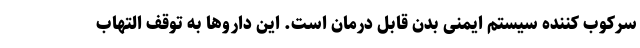
سرکوب کننده سیستم ایمنی بدن قابل درمان است. این داروها به توقف التهاب